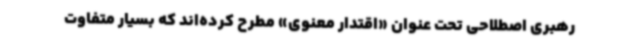
رهبری اصطلاحی تحت عنوان «اقتدار معنوی» مطرح کرده‌اند که بسیار متفاوت